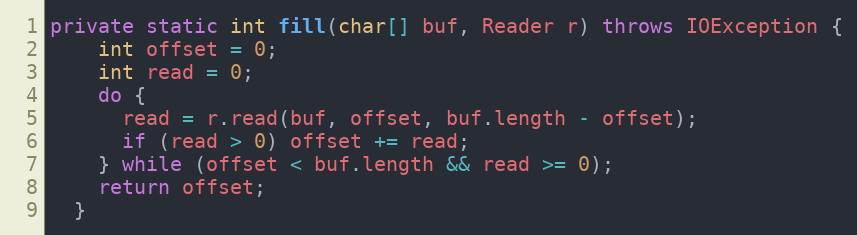
Language: Java
private static int fill(char[] buf, Reader r) throws IOException {
    int offset = 0;
    int read = 0;
    do {
      read = r.read(buf, offset, buf.length - offset);
      if (read > 0) offset += read;
    } while (offset < buf.length && read >= 0);
    return offset;
  }